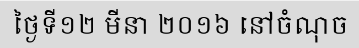
ថ្ងៃទី១២ មីនា ២០១៦ នៅចំណុច